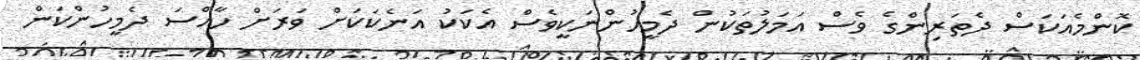
ކޮންމެއަކަސް ދެތަރިންގެ ވެސް އަމަލުތަކުން ދެމީހުންނަކީވެސް އެކަކު އަނެކަކަށް ވަރަށް ހާއްސަ ދެމީހުންކަން